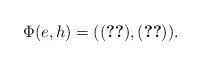
LaTeX: \begin{align*}\Phi(e,h)=(\eqref{syst1},\eqref{syst2}).\end{align*}